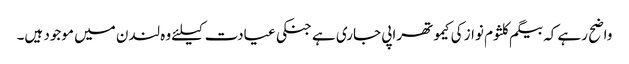
واضح رہے کہ بیگم کلثوم نواز کی کیموتھراپی جاری ہے جنکی عیادت کیلئے وہ لندن میں موجود ہیں۔